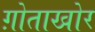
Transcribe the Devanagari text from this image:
ग़ोताखोर